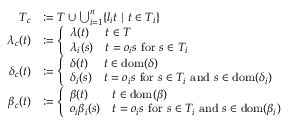
\begin{array} { r l } { T _ { c } } & { \coloneq T \cup \bigcup _ { i = 1 } ^ { n } \{ l _ { i } t ~ | ~ t \in T _ { i } \} } \\ { \lambda _ { c } ( t ) } & { \coloneq \left\{ \begin{array} { l l } { \lambda ( t ) } & { t \in T } \\ { \lambda _ { i } ( s ) } & { t = o _ { i } s \mathrm { ~ f o r ~ } s \in T _ { i } } \end{array} \right. } \\ { \delta _ { c } ( t ) } & { \coloneq \left\{ \begin{array} { l l } { \delta ( t ) } & { t \in \mathrm { d o m } ( \delta ) } \\ { \delta _ { i } ( s ) } & { t = o _ { i } s \mathrm { ~ f o r ~ } s \in T _ { i } \mathrm { ~ a n d ~ } s \in \mathrm { d o m } ( \delta _ { i } ) } \end{array} \right. } \\ { \beta _ { c } ( t ) } & { \coloneq \left\{ \begin{array} { l l } { \beta ( t ) } & { t \in \mathrm { d o m } ( \beta ) } \\ { o _ { i } \beta _ { i } ( s ) } & { t = o _ { i } s \mathrm { ~ f o r ~ } s \in T _ { i } \mathrm { ~ a n d ~ } s \in \mathrm { d o m } ( \beta _ { i } ) } \end{array} \right. } \end{array}